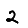
Digit: 2